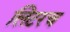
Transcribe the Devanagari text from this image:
लिटरच